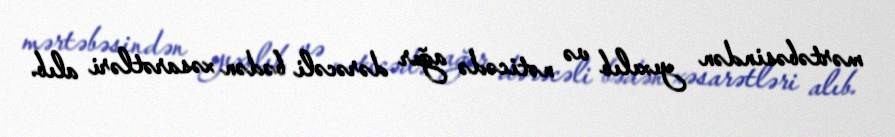
mərtəbəsindən yıxılıb və nəticədə ağır dərəcəli bədən xəsarətləri alıb.